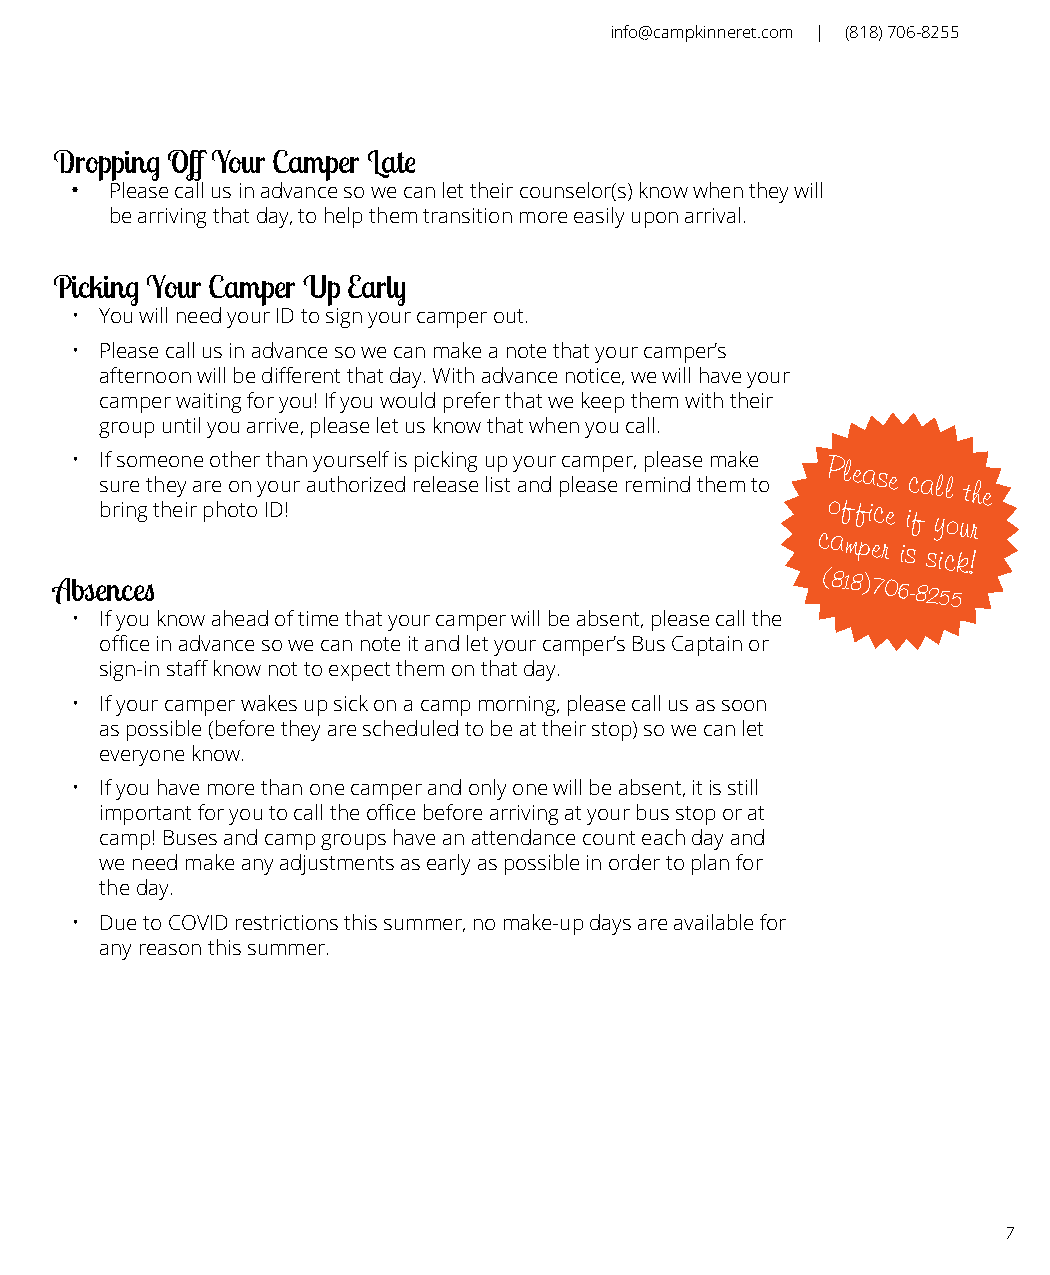
info@campkinneret.com | (818) 706-8255
 Dropping Off Your Camper Late
 •
 Please call us in advance so we can let their counselor(s) know when they will
 be arriving that day, to help them transition more easily upon arrival.
 Picking Your Camper Up Early
 • You will need your ID to sign your camper out.
 • Please call us in advance so we can make a note that your camper’s
 afternoon will be different that day. With advance notice, we will have your
 camper waiting for you! If you would prefer that we keep them with their
 group until you arrive, please let us know that when you call.
 • I sf
 u
 s ro em the eo yn ae
 r
 o et oh ner
 y
 t oh ua rn
 a
 y uo tu hr os re izlf
 e
 i ds rp eic lek ain sg
 e
 u lisp
 t
 y ao nu dr pc la em asp ee rr e, p mle ina ds e
 t
 hm ea mk e
 to
 Please
 call the
 bring their photo ID!
 office
 if your
 camper
 is sick!
 Absences
 (818)706-8255
 • If you know ahead of time that your camper will be absent, please call the
 office in advance so we can note it and let your camper’s Bus Captain or
 sign-in staff know not to expect them on that day.
 • If your camper wakes up sick on a camp morning, please call us as soon
 as possible (before they are scheduled to be at their stop) so we can let
 everyone know.
 • If you have more than one camper and only one will be absent, it is still
 important for you to call the office before arriving at your bus stop or at
 camp! Buses and camp groups have an attendance count each day and
 we need make any adjustments as early as possible in order to plan for
 the day.
 • Due to COVID restrictions this summer, no make-up days are available for
 any reason this summer.
 7